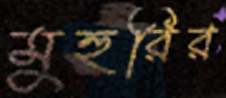
মুহুরির